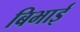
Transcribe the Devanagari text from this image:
बिभाई